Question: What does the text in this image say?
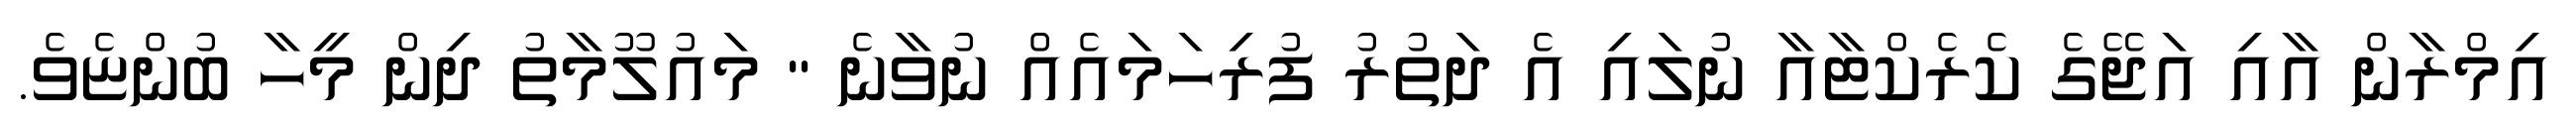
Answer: އިމްރާން އާއި އަޖޭގެ ކެރެކްޓާއާ ނުލައި އެ ދަތުރު ފުރިހަމައެއް ނުވާނެ " މައުލޫމާތު ދިން މީހާ ބުންޏެވެ.